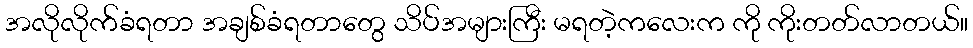
အလိုလိုက်ခံရတာ အချစ်ခံရတာတွေ သိပ်အများကြီး မရတဲ့ကလေးက ကို ကိုးတတ်လာတယ်။